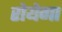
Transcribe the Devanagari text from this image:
रोयेगा